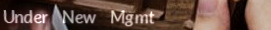
Under New Mgmt